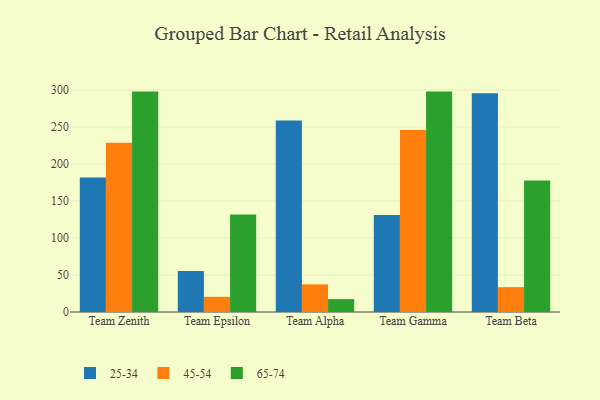
{"axis": {"x": "Team", "y": "Budget (USD K)"}, "legend": ["25-34", "45-54", "65-74"], "data": [{"x": "Team Zenith", "y": 181.8, "type": "25-34"}, {"x": "Team Zenith", "y": 228.6, "type": "45-54"}, {"x": "Team Zenith", "y": 297.8, "type": "65-74"}, {"x": "Team Epsilon", "y": 55.4, "type": "25-34"}, {"x": "Team Epsilon", "y": 20.5, "type": "45-54"}, {"x": "Team Epsilon", "y": 131.9, "type": "65-74"}, {"x": "Team Alpha", "y": 258.7, "type": "25-34"}, {"x": "Team Alpha", "y": 37.4, "type": "45-54"}, {"x": "Team Alpha", "y": 17.4, "type": "65-74"}, {"x": "Team Gamma", "y": 130.9, "type": "25-34"}, {"x": "Team Gamma", "y": 245.8, "type": "45-54"}, {"x": "Team Gamma", "y": 297.8, "type": "65-74"}, {"x": "Team Beta", "y": 295.6, "type": "25-34"}, {"x": "Team Beta", "y": 33.6, "type": "45-54"}, {"x": "Team Beta", "y": 177.8, "type": "65-74"}]}